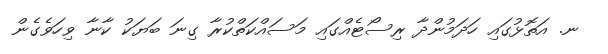
ނ. އަތޮޅުގައި ހަދަމުންދާ ރިސޯޓެއްގައި މަސައްކަތްކުރާ ގިނަ ބަޔަކު ކާނާ ވިހަވެގެން